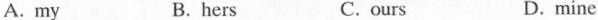
A.my B.hers C.ours D.mine